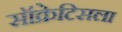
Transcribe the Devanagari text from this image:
सॉक्रेटिसला